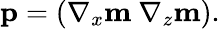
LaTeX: \mathbf{p}=\left(\nabla_{x}\mathbf{m}~\nabla_{z}\mathbf{m}\right).